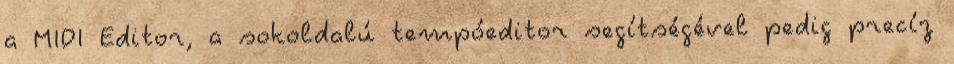
a MIDI Editor, a sokoldalú tempóeditor segítségével pedig precíz